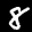
Label: 8